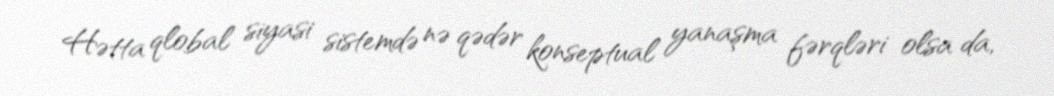
Hətta qlobal siyasi sistemdə nə qədər konseptual yanaşma fərqləri olsa da,